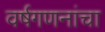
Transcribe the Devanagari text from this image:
वर्षगणनांचा